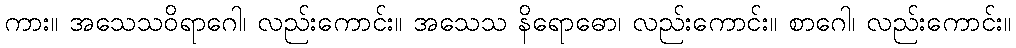
ကား။ အသေသဝိရာဂေါ၊ လည်းကောင်း။ အသေသ နိရောဓော၊ လည်းကောင်း။ စာဂေါ၊ လည်းကောင်း။